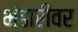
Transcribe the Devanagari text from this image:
भंडारींवर